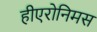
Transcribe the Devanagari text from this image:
हीएरोनिमस